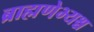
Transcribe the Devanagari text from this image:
ब्राह्मणेभ्यश्च